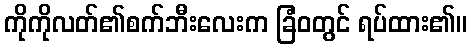
ကိုကိုလတ်၏စက်ဘီးလေးက ခြံဝတွင် ရပ်ထား၏။